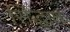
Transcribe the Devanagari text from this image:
सिंद्धात